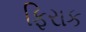
ફિરાક